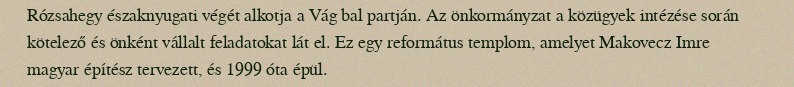
Rózsahegy északnyugati végét alkotja a Vág bal partján. Az önkormányzat a közügyek intézése során kötelező és önként vállalt feladatokat lát el. Ez egy református templom, amelyet Makovecz Imre magyar építész tervezett, és 1999 óta épül.